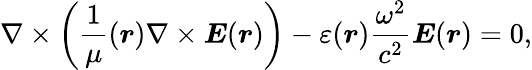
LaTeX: \nabla\times\left(\frac{1}{\mu}(\boldsymbol{r})\nabla\times\boldsymbol{E}(\boldsymbol{r})\right)-\varepsilon(\boldsymbol{r})\frac{\omega^{2}}{c^{2}}\boldsymbol{E}(\boldsymbol{r})=0,